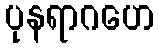
ပုနရာဂဟေ